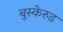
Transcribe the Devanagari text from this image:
बुस्केरुड